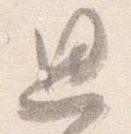
思